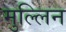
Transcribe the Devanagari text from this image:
मुल्लिन